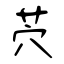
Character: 茓